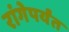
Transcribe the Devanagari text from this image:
रांगेपर्यंत